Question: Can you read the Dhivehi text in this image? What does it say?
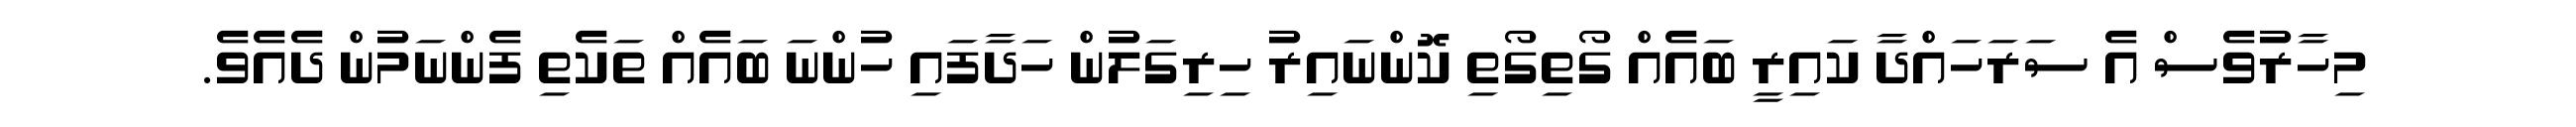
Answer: މިހާރުވެސް އެ ސަރަހައްދާ ކައިރީ ބައެއް ގޯތިގޯތި ކޮންނައިރު ހިރިގަލުން ހަދާފައި ހުންނަ ބައެއް ތަކެތި ފެންނަމުން ދެއެވެ.